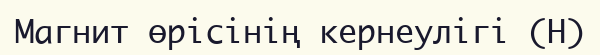
Магнит өрісінің кернеулігі (H)